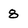
Character: 8